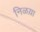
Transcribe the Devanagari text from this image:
निळय़ा